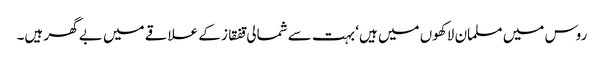
روس میں مسلمان لاکھوں میں ہیں‘ بہت سے شمالی قفقاز کے علاقے میں بے گھر ہیں۔